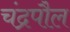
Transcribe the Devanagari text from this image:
चंद्रपौल